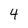
Character: 4